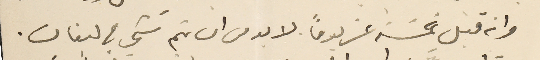
وانه قبل خمسَة عشريوماً. لابد من ان يتم شي في لبنان.